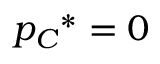
{ p _ { C } } ^ { * } = 0